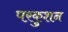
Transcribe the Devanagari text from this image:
परकुशन